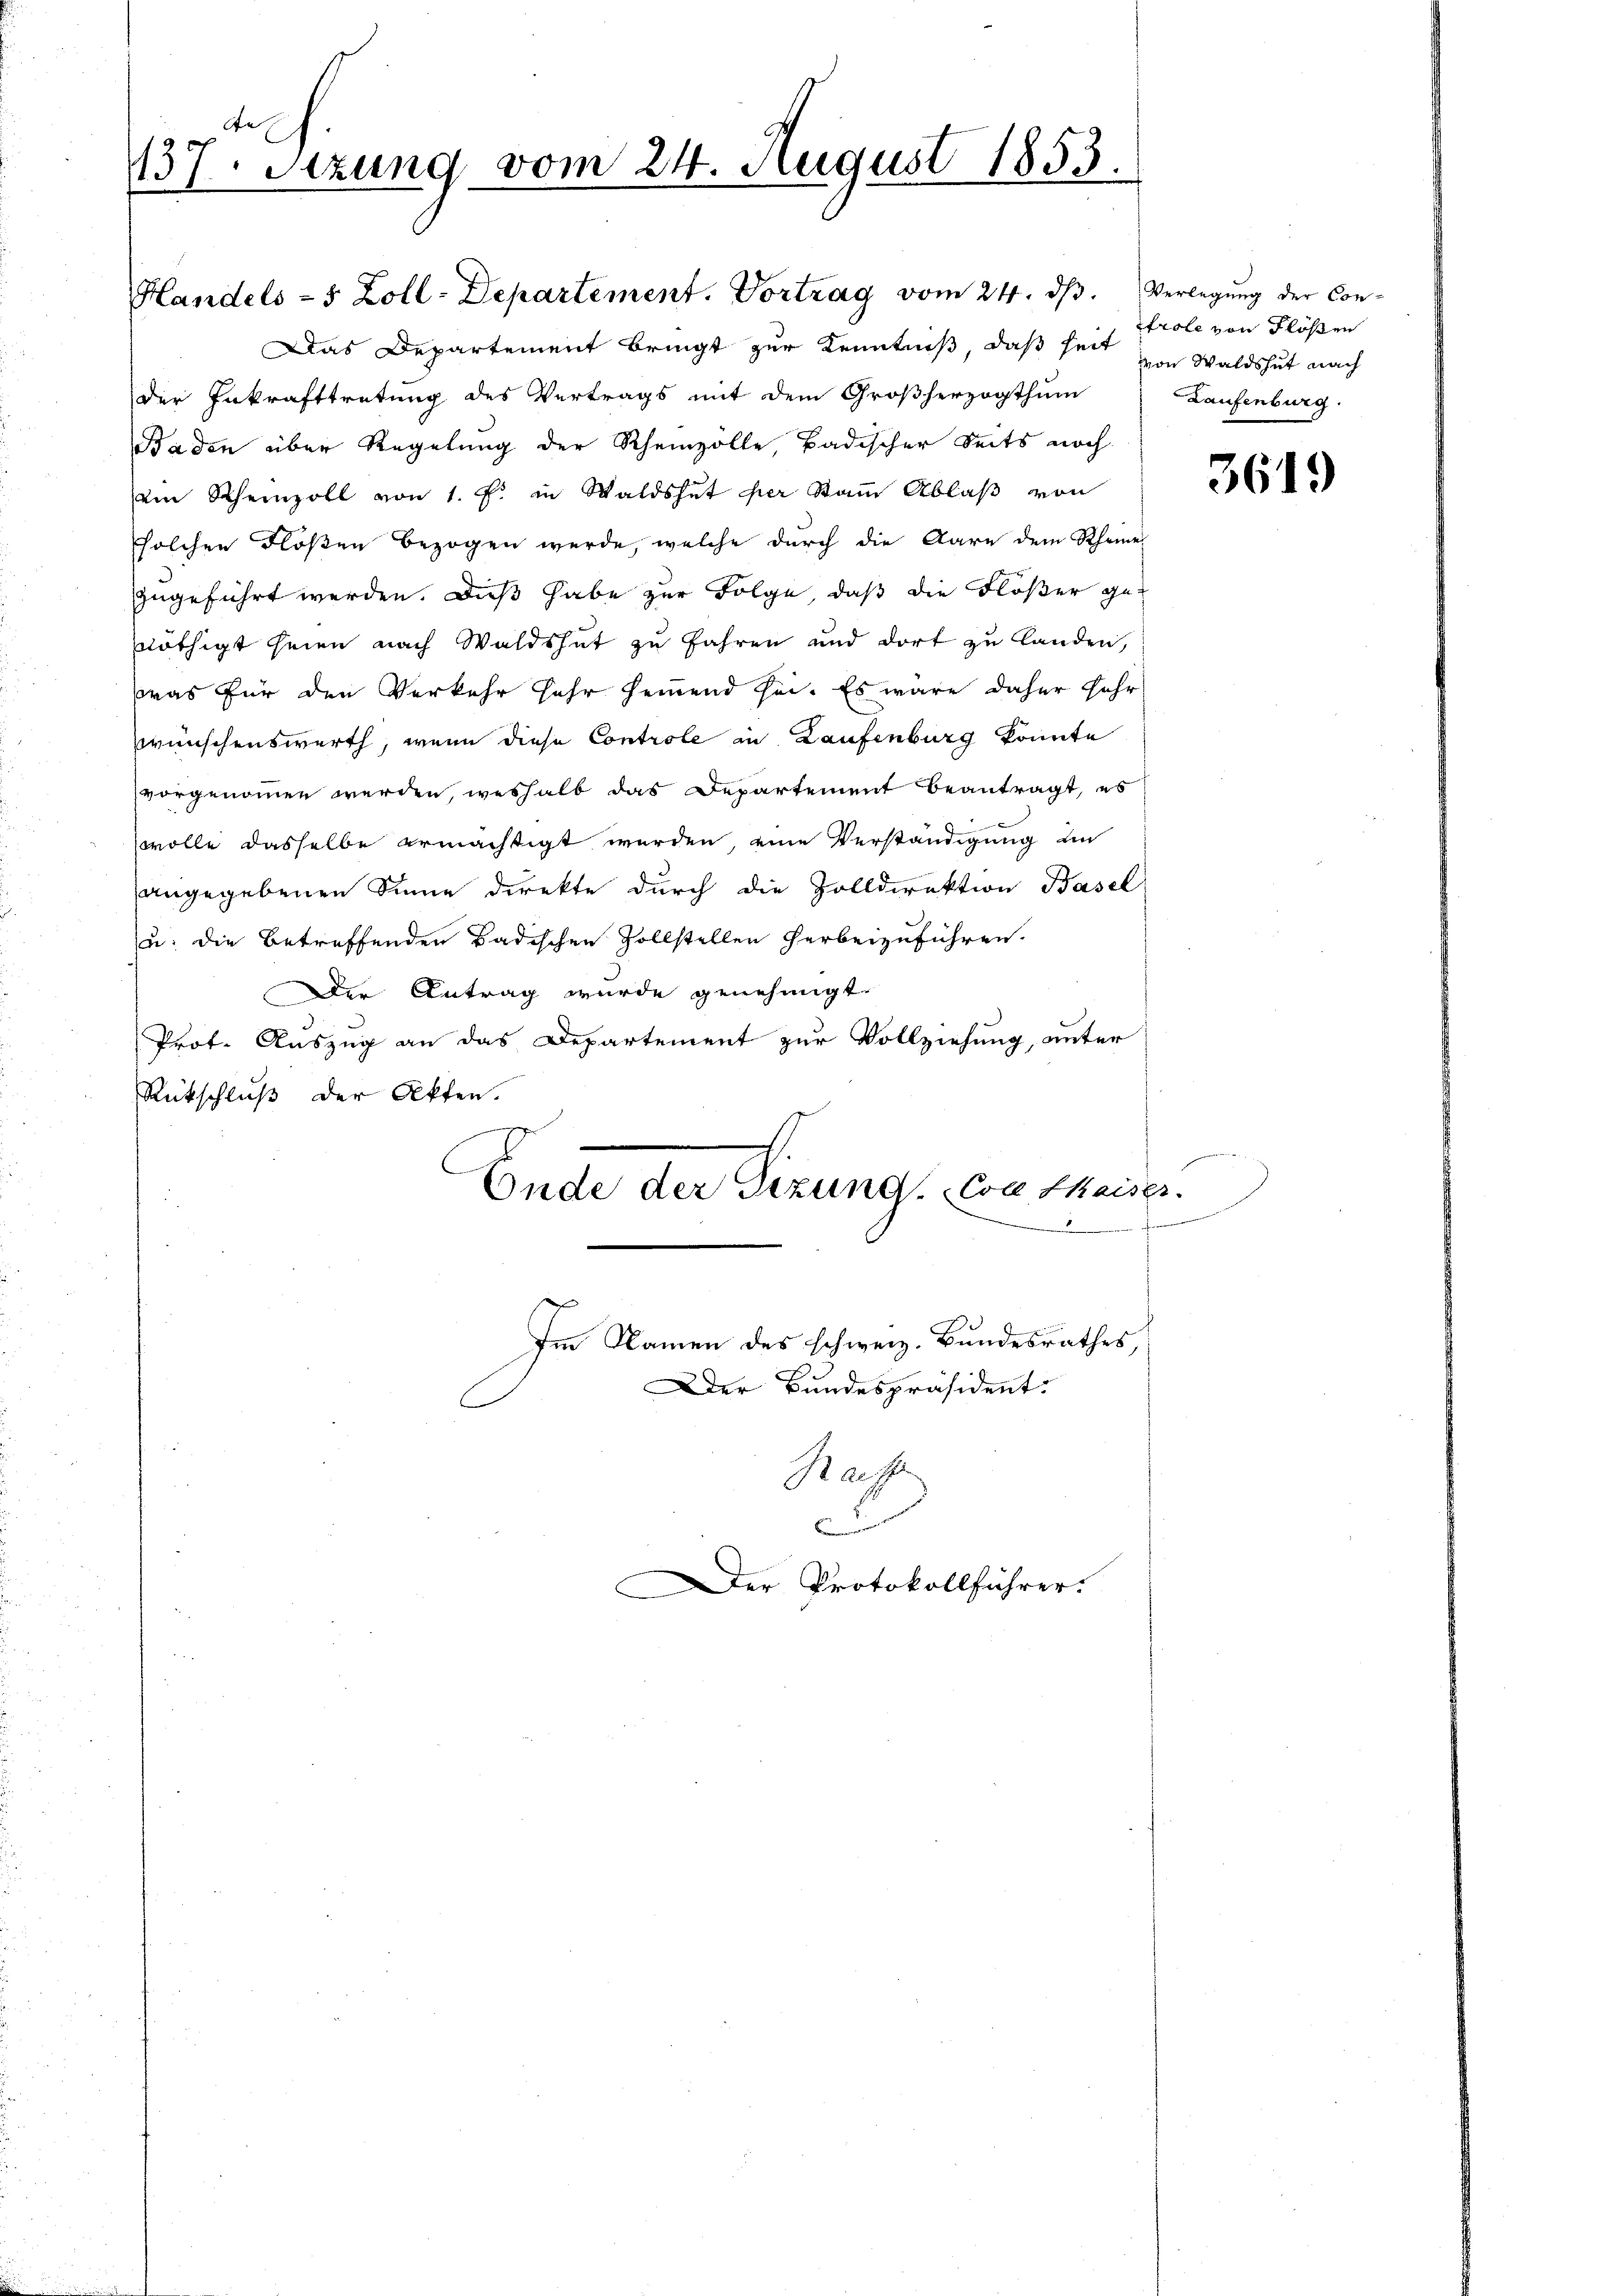
137. Sezung vom 24. August 1853.

Das Departement bringt zur Kenntniß, daß seit von Waldshut nach
der Inkrafttretung des Vertrags mit dem Großherzogthum
Baden über Regelung der Rheinzolle, Badischer Seits noch
ain Rheinzoll von 1. f. in Waldshut der Stamm Ablaß von
solchen Flößen bezogen werde, welche durch die Aare dem Rheine
zugeführt werden. Dieß habe zur Folge, daß die Flößer genöthigt seien nach Waldshut zu fahren und dort zu landen,
was für den Verkehr sehr hemmend sei. Es wäre daher sehr
wünschenswerth, wenn diese Controle in Laufenburg konnte
vorgenommen werden, weshalb das Departement beantragt, es
wolle dasselbe ermächtigt werden, eine Verständigung an
angegebenen Sinne direkte durch die Zolldirektion Basel
u. die betreffenden Badischen Zollstellen herbeizuführen.
Der Antrag wurde genehmigt.
Prot. Auszug an das Departement zur Vollziehung, unter
Rückschluß der Akten.
Ende der Sitzung. Con thaiser.
Im Namen des schweiz. Bundesrathes,
Der Bundespräsident:

Handels- 5 Zoll-Departement. Vortrag vom 24. dβ. Verlegŭng der Con-

Rache
c
Der Protokollführer.

her einen einen

trole von Flößen
Laufenburg.

3619